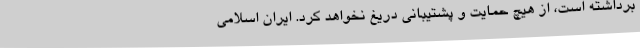
برداشته است، از هیچ حمایت و پشتیبانی دریغ نخواهد کرد. ایران اسلامی